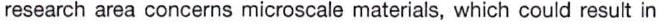
research area concerns microscale materials, which could result in